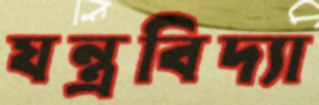
যন্ত্রবিদ্যা